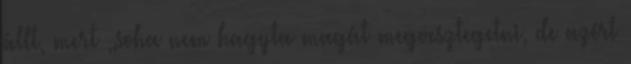
állt, mert „soha nem hagyta magát megvesztegetni, de azért